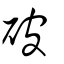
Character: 破